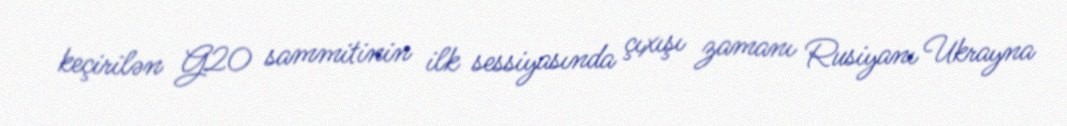
keçirilən G20 sammitinin ilk sessiyasında çıxışı zamanı Rusiyanı Ukrayna